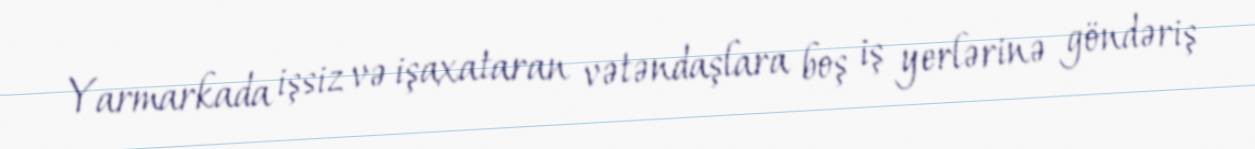
Yarmarkada işsiz və işaxataran vətəndaşlara boş iş yerlərinə göndəriş